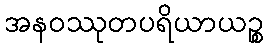
အနဝဿုတပရိယာယဉ္စ